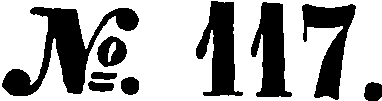
№. 117.